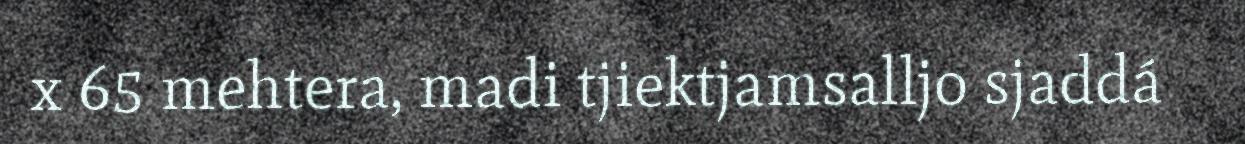
x 65 mehtera, madi tjiektjamsalljo sjaddá